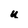
Character: u